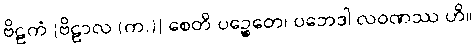
ဗိဠကံ [ဗိဠာလ (က.)] စေတိ ပဉ္စေတေ၊ ပဘေဒါ လဝဏဿ ဟိ။